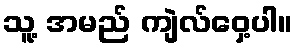
သူ့ အမည် ကျဲလ်ဝှေ့ပါ။